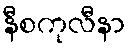
နီစကုလီနာ